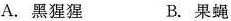
A.黑猩猩 B.果蝇